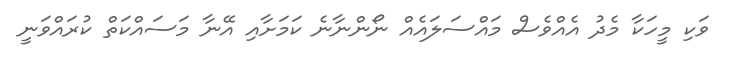
ވަކި މީހަކާ މެދު އެއްވެސް މައްސަލައެއް ނޯންނާނެ ކަމަށާއި އޭނާ މަސައްކަތް ކުރައްވަނީ